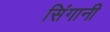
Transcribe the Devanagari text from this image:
सिंगानी